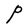
Character: P